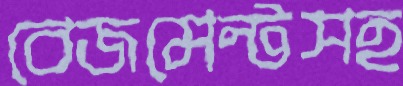
বেজমেন্টসহ